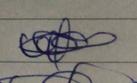
Signature authenticity: forged